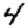
Digit: 4